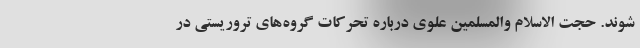
شوند. حجت الاسلام والمسلمین علوی درباره تحرکات گروه‌های تروریستی در